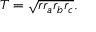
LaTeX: T = { \sqrt { r r _ { a } r _ { b } r _ { c } } } .